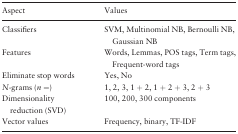
| Aspect | Values |
 | --- | --- |
 | Classifiers | SVM, Multinomial NB, Bernoulli NB, Gaussian NB |
 | Features | Words, Lemmas, POS tags, Term tags, Frequent-word tags |
 | Eliminate stop words | Yes, No |
 | N-grams (n =) | 1, 2, 3, 1 + 2, 1 + 2 + 3, 2 + 3 |
 | Dimensionality reduction (SVD) | 100, 200, 300 components |
 | Vector values | Frequency, binary, TF-IDF |